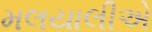
મલયાલીએ